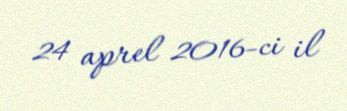
24 aprel 2016-ci il